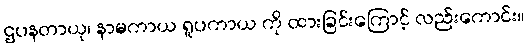
ဌပနတာယု၊ နာမကာယ ရူပကာယ ကို ထားခြင်းကြောင့် လည်းကောင်း။